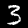
Digit: 3